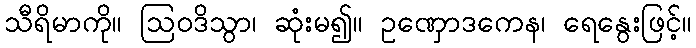
သီရိမာကို။ ဩဝဒိသွာ၊ ဆုံးမ၍။ ဥဏှောဒကေန၊ ရေနွေးဖြင့်။